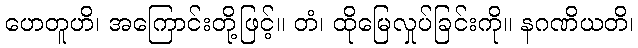
ဟေတူဟိ၊ အကြောင်းတို့ဖြင့်။ တံ၊ ထိုမြေလှုပ်ခြင်းကို။ နဂဏိယတိ၊